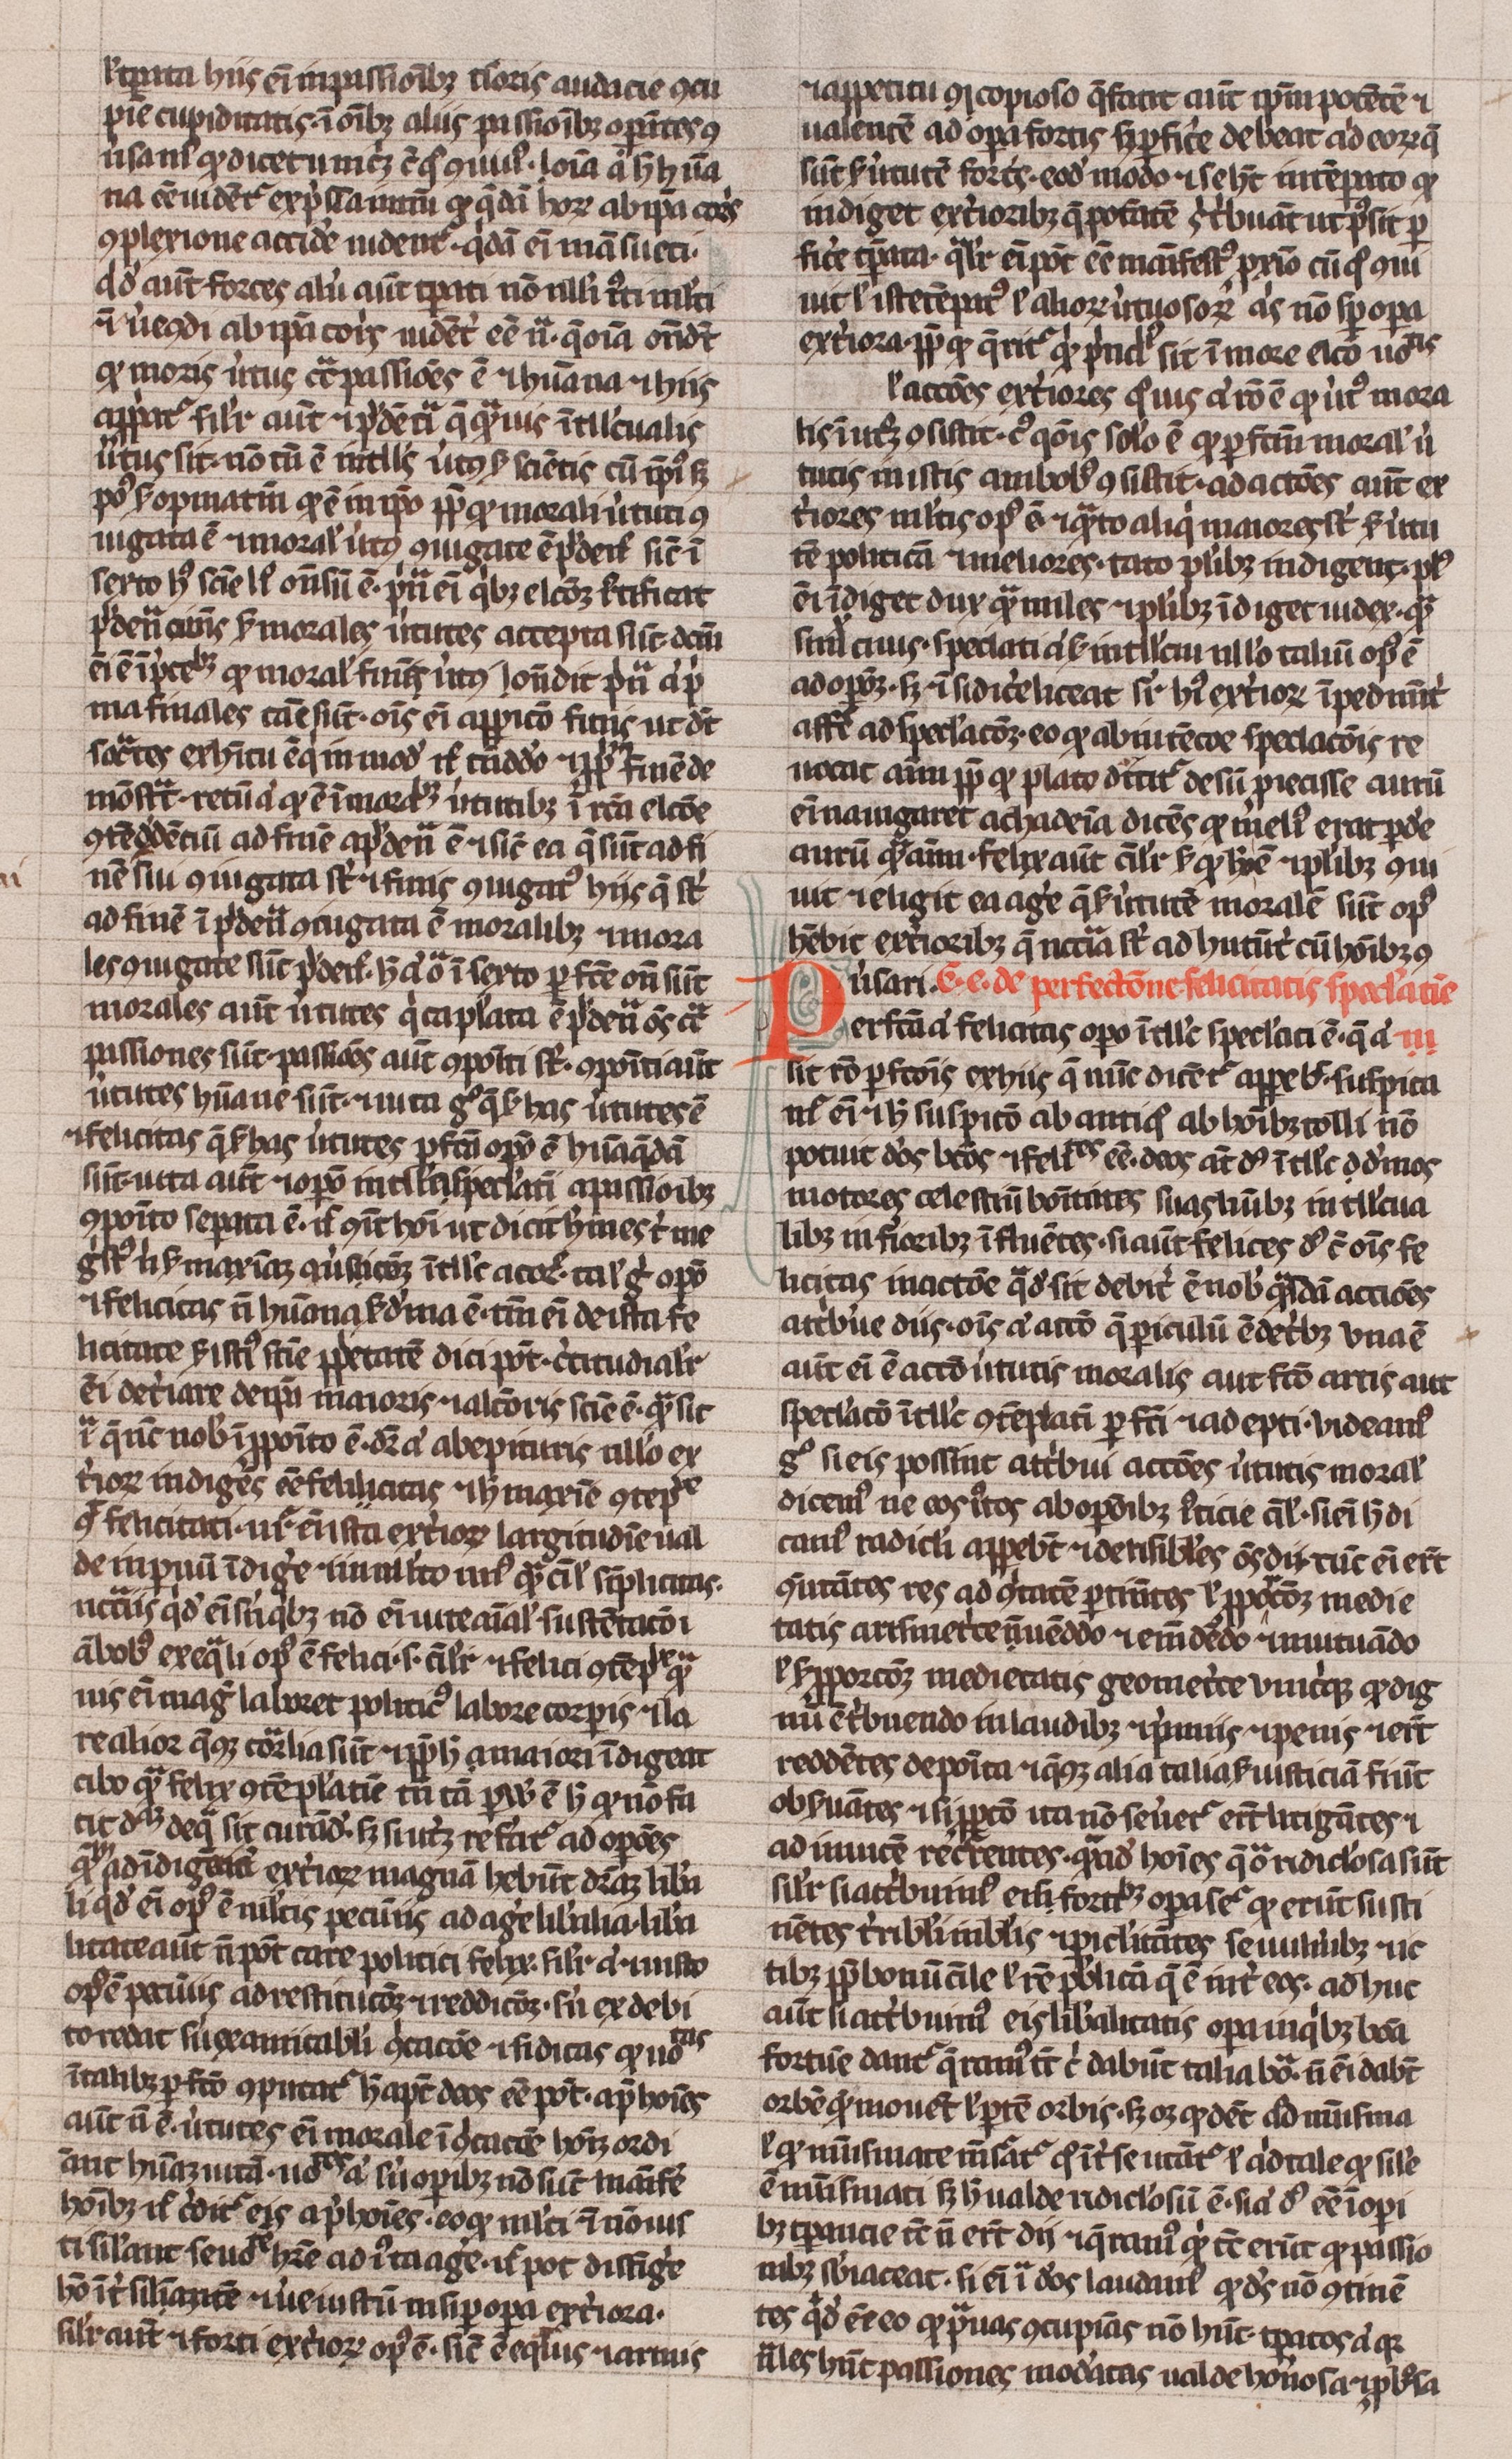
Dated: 1300–1399